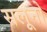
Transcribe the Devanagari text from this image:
सलूनो